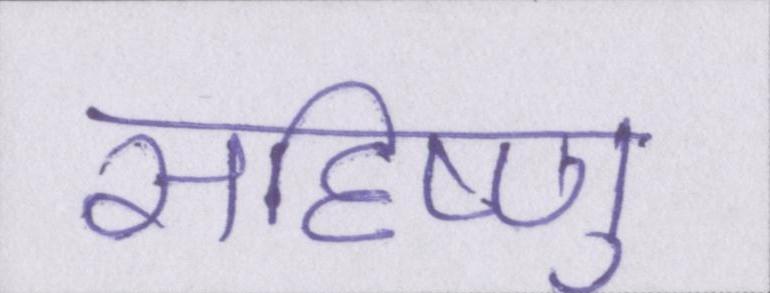
सहिष्णु